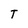
Character: T